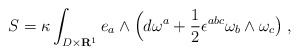
\begin{align*}S= \kappa \int_{D \times {\bf R}^1} e_a \wedge \Bigl(d\omega^a+ {1\over 2}\epsilon^{abc}\omega_b\wedge\omega_c\bigr) \;,\end{align*}